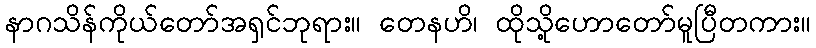
နာဂသိန်ကိုယ်တော်အရှင်ဘုရား။ တေနဟိ၊ ထိုသို့ဟောတော်မူပြီတကား။